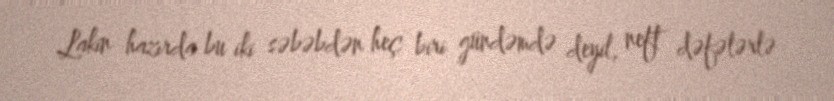
Lakin hazırda bu iki səbəbdən heç biri gündəmdə deyil, neft dəfələrlə